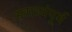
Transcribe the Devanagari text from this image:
स्वात्र्यंपूर्व